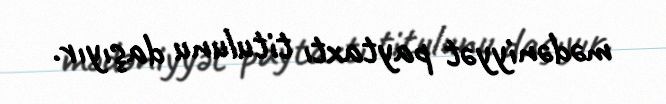
mədəniyyət paytaxtı titulunu daşıyır.